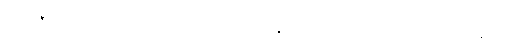
ဥရဂဇာတ်သည်လည်းကောင်း။ ဘဂ္ဂ၊ ဘဂ္ဂဇာတ်သည်လည်းကောင်း။ အလီနစိတ္တ၊